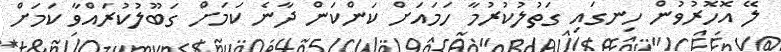
ލޭ އޮހޮރުވުން ހިނގައި ގަތުލުކުރުމާ ހަމައަށް ކަންކަން ދާނެ ކަމަށް ގަބޫލުކުރައްވާ ކަމަށް